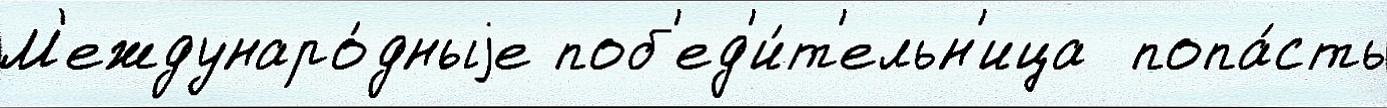
М'еждунаро́дныjе поб'ед'и́т'ельн'ица  попа́сть